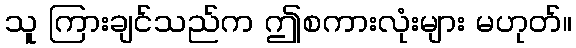
သူ ကြားချင်သည်က ဤစကားလုံးများ မဟုတ်။